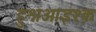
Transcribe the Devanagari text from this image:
हुश्नओइश्क़